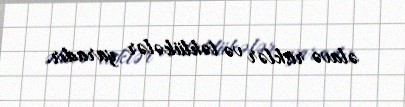
əlavə risklər və təhlükələr yaradır.